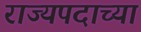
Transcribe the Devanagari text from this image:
राज्यपदाच्या